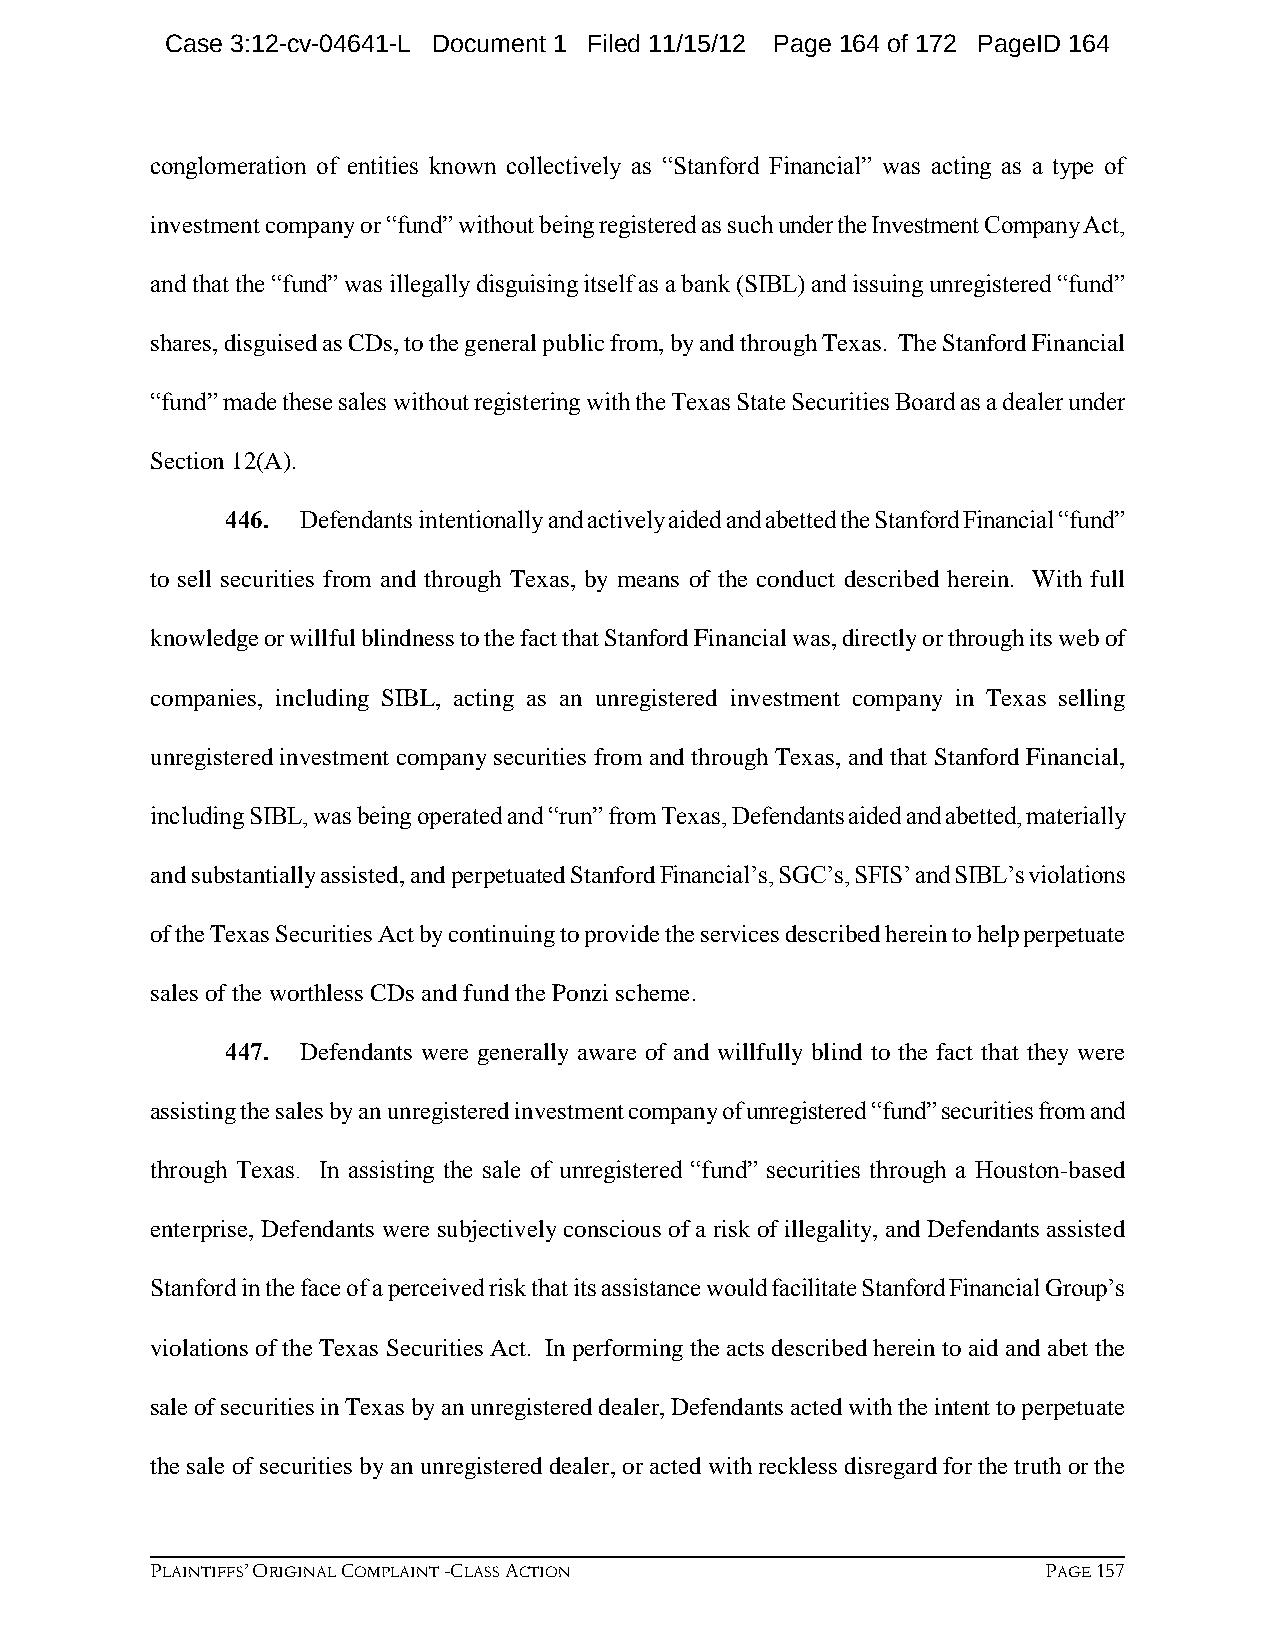
Case 3:12-cv-04641-L Document 1 Filed 11/15/12 Page 164 of 172 PageID 164
 conglomeration of entities known collectively as “Stanford Financial” was acting as a type of
 investment company or “fund” without being registered as such under the Investment Company Act,
 and that the “fund” was illegally disguising itself as a bank (SIBL) and issuing unregistered “fund”
 shares, disguised as CDs, to the general public from, by and through Texas. The Stanford Financial
 “fund” made these sales without registering with the Texas State Securities Board as a dealer under
 Section 12(A).
 446. Defendants intentionally and actively aided and abetted the Stanford Financial “fund”
 to sell securities from and through Texas, by means of the conduct described herein. With full
 knowledge or willful blindness to the fact that Stanford Financial was, directly or through its web of
 companies, including SIBL, acting as an unregistered investment company in Texas selling
 unregistered investment company securities from and through Texas, and that Stanford Financial,
 including SIBL, was being operated and “run” from Texas, Defendants aided and abetted, materially
 and substantially assisted, and perpetuated Stanford Financial’s, SGC’s, SFIS’ and SIBL’s violations
 of the Texas Securities Act by continuing to provide the services described herein to help perpetuate
 sales of the worthless CDs and fund the Ponzi scheme.
 447. Defendants were generally aware of and willfully blind to the fact that they were
 assisting the sales by an unregistered investment company of unregistered “fund” securities from and
 through Texas. In assisting the sale of unregistered “fund” securities through a Houston-based
 enterprise, Defendants were subjectively conscious of a risk of illegality, and Defendants assisted
 Stanford in the face of a perceived risk that its assistance would facilitate Stanford Financial Group’s
 violations of the Texas Securities Act. In performing the acts described herein to aid and abet the
 sale of securities in Texas by an unregistered dealer, Defendants acted with the intent to perpetuate
 the sale of securities by an unregistered dealer, or acted with reckless disregard for the truth or the
 PLAINTIFFS’ ORIGINAL COMPLAINT -CLASS ACTION               PAGE 157